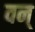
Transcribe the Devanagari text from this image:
वन्